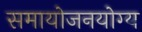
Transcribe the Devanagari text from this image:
समायोजनयोग्‍य